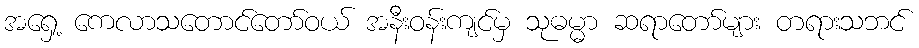
အရှေ့ ကေလာသတောင်တော်ဝယ် အနီးဝန်းကျင်မှ သုဓမ္မာ ဆရာတော်များ တရားသဘင်